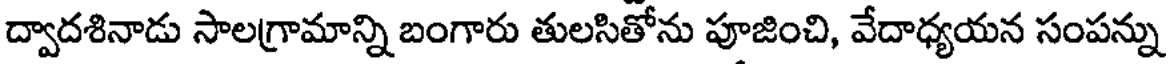
ద్వాదశినాడు సాలగ్రామాన్ని బంగారు తులసితోను పూజించి, వేదాధ్యయన సంపన్ను